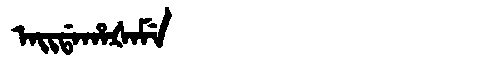
Manchu: ᠠᡳᡩᠠᡥᠠᡧᠠᠮᡝ
Romanization: AIDAHAŠAME